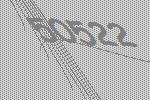
50522